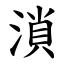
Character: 溑